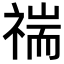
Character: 𥚻